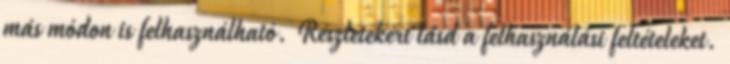
más módon is felhasználható. Részletekért lásd a felhasználási feltételeket.